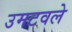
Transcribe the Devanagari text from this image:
उमटवले